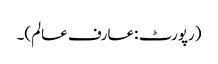
(رپورٹ :عارف عالم)۔